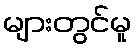
များတွင်မူ